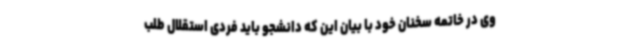
وی در خاتمه سخنان خود با بیان این که دانشجو باید فردی استقلال طلب